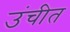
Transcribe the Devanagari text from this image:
उंचीत